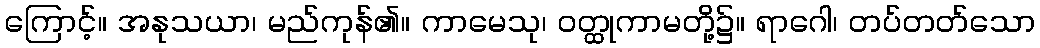
ကြောင့်။ အနုသယာ၊ မည်ကုန်၏။ ကာမေသု၊ ဝတ္ထုကာမတို့၌။ ရာဂေါ၊ တပ်တတ်သော